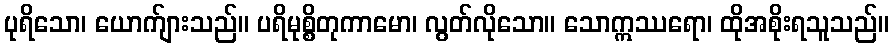
ပုရိသော၊ ယောက်ျားသည်။ ပရိမုစ္စိတုကာမော၊ လွတ်လိုသော။ သောဣဿရော၊ ထိုအစိုးရသူသည်။